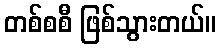
တစ်စစီ ဖြစ်သွားတယ်။